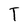
Character: T